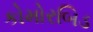
કોમોરબિડ